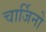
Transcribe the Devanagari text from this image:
चार्जिनो